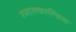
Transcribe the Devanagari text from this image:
स्मालकाल्डिक